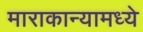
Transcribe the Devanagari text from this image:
माराकान्यामध्ये